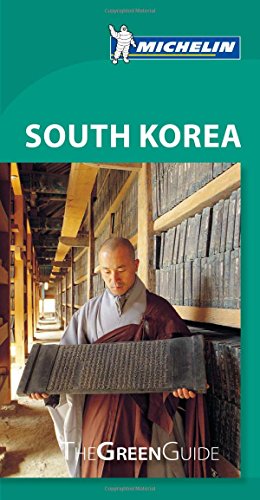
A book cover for Michelin Green Guide South Korea (Green Guide/Michelin); Michelin Travel & Lifestyle; Travel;